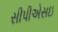
સીપીએસઇ